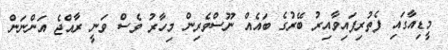
މީޑިއާގައި ފެތުރިފައިވާއިރު ބޭރުގެ ބައެއް ނޫސްވެރިން މިހާރު ވެސް ވަނީ ރާއްޖެ އަންނަން